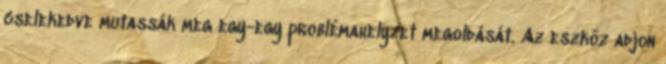
cselekedve mutassák meg egy-egy problémahelyzet megoldását. Az eszköz adjon